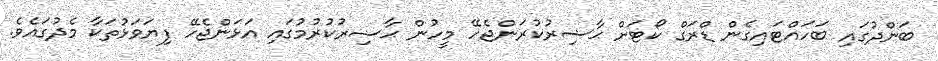
ބަންދުގައި ބަހައްޓައިގެން ޑްރަގް ކޯޓަށް ޙާޟިރުކުރަންޖެހޭ މީހުން ޙާޟިރުކުރުމުގައި އަޅަންޖެހޭ ފިޔަވަޅުތަކާ މެދުގައެވެ.